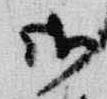
御